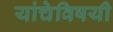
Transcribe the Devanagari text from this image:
यांचेविषयी